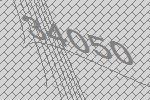
34050